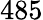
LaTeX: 485